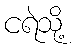
ငရဲသို့